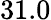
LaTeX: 31.0